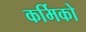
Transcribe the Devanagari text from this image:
कर्मिको